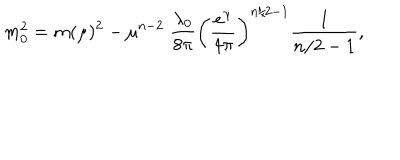
LaTeX: m _ { 0 } ^ { 2 } = m ( \mu ) ^ { 2 } - \mu ^ { n - 2 } \; \frac { \lambda _ { 0 } } { 8 \pi } \left( \frac { e ^ { \gamma } } { 4 \pi } \right) ^ { n / 2 - 1 } \frac { 1 } { n / 2 - 1 } ,